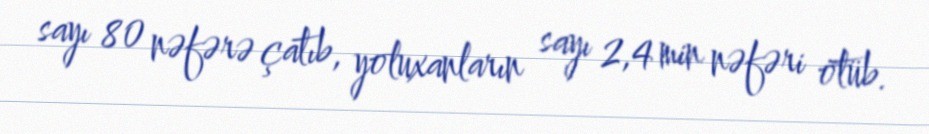
sayı 80 nəfərə çatıb, yoluxanların sayı 2,4 min nəfəri ötüb.